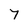
Character: 7